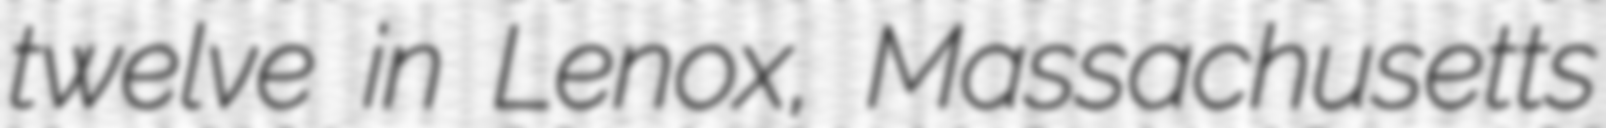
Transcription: twelve in Lenox, Massachusetts